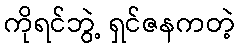
ကိုရင်ဘွဲ့ ရှင်ဇနကတဲ့